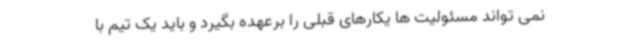
نمی تواند مسئولیت ها یکارهای قبلی را برعهده بگیرد و باید یک تیم با